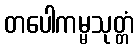
တပေါကမ္မသုတ္တံ